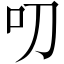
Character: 叨